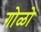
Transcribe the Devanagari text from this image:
गोळो